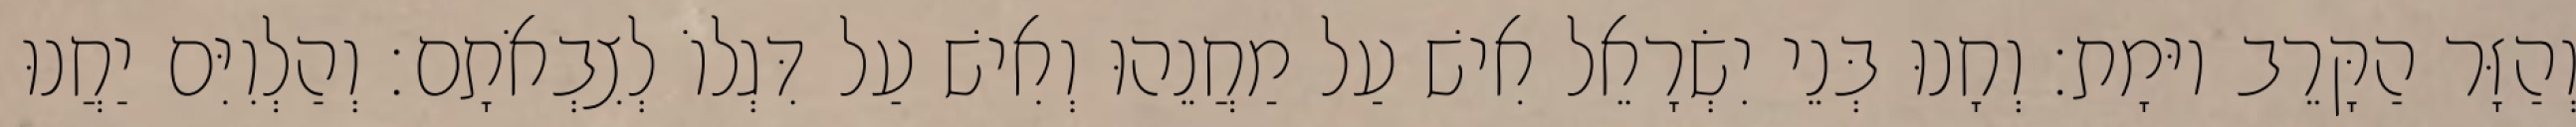
וְהַזָּר הַקָּרֵב יוּמָת׃ וְחָנוּ בְּנֵי יִשְׂרָאֵל אִישׁ עַל מַחֲנֵהוּ וְאִישׁ עַל דִּגְלוֹ לְצִבְאֹתָם׃ וְהַלְוִיִּם יַחֲנוּ